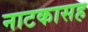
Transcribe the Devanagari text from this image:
नाटकासह